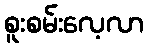
စူးစမ်းလေ့လာ